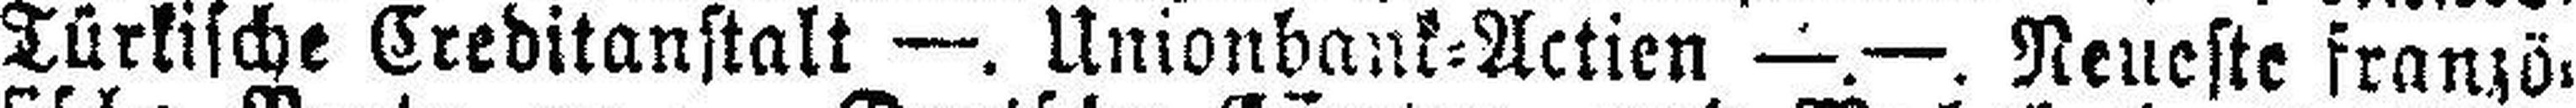
Türkische Creditanstalt —. Unionbank=Actien —.—. Neueste franzö¬